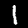
Label: 1